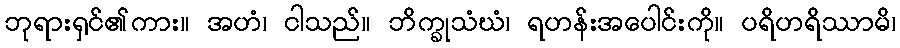
ဘုရားရှင်၏ကား။ အဟံ၊ ငါသည်။ ဘိက္ခုသံဃံ၊ ရဟန်းအပေါင်းကို။ ပရိဟရိဿာမိ၊